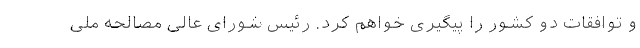
و توافقات دو کشور را پیگیری خواهم کرد. رئیس شورای عالی مصالحه ملی